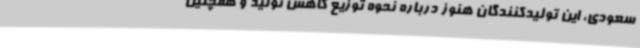
سعودی، این تولیدکنندگان هنوز درباره نحوه توزیع کاهش تولید و همچنین